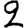
Digit: 2